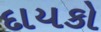
દાયકો